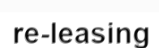
re-leasing